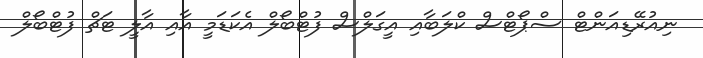
ނިއުރޭޑިއަންޓް ސްޕޯޓްސް ކްލަބާއި އީގަލްސް ފުޓްބޯލް އެކަޑަމީ އާއި އާލީ ޓަޗް ފުޓްބޯލް